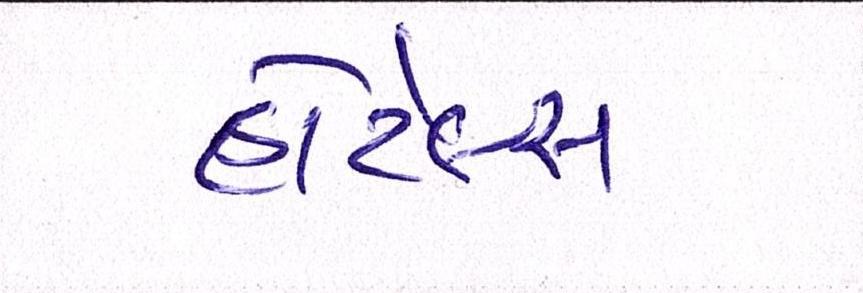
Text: હોટેલ્સ